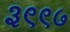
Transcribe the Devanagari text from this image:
३९९७